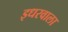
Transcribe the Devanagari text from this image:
इधरवाला